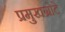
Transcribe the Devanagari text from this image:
प्रमुखग्रोटे